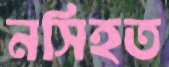
নসিহত